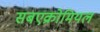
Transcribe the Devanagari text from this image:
सबएक्रोमियल